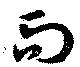
而